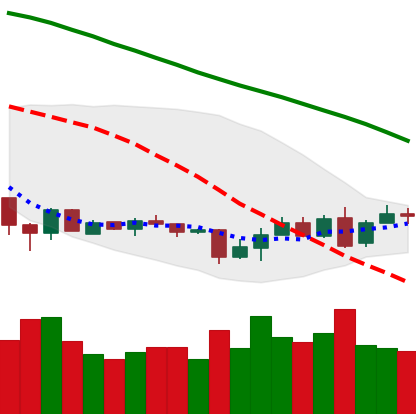
Ticker: XMR-USD
Chart end date: 2018-07-01
Forward return: 3.292%
Label: up_3_5